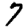
Digit: 7